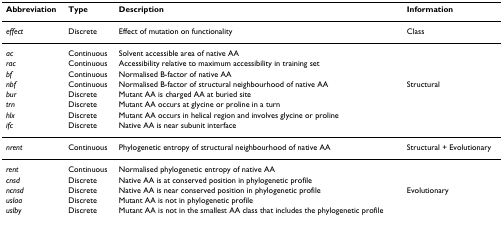
<table><thead><tr><td><b>Abbreviation</b></td><td><b>Type</b></td><td><b>Description</b></td><td><b>Information</b></td></tr></thead><tbody><tr><td><i>effect</i></td><td>Discrete</td><td>Effect of mutation on functionality</td><td>Class</td></tr><tr><td><i>ac</i></td><td>Continuous</td><td>Solvent accessible area of native AA</td><td></td></tr><tr><td><i>rac</i></td><td>Continuous</td><td>Accessibility relative to maximum accessibility in training set</td><td></td></tr><tr><td><i>bf</i></td><td>Continuous</td><td>Normalised B-factor of native AA</td><td></td></tr><tr><td><i>nbf</i></td><td>Continuous</td><td>Normalised B-factor of structural neighbourhood of native AA</td><td>Structural</td></tr><tr><td><i>bur</i></td><td>Discrete</td><td>Mutant AA is charged AA at buried site</td><td></td></tr><tr><td><i>trn</i></td><td>Discrete</td><td>Mutant AA occurs at glycine or proline in a turn</td><td></td></tr><tr><td><i>hlx</i></td><td>Discrete</td><td>Mutant AA occurs in helical region and involves glycine or proline</td><td></td></tr><tr><td><i>ifc</i></td><td>Discrete</td><td>Native AA is near subunit interface</td><td></td></tr><tr><td><i>nrent</i></td><td>Continuous</td><td>Phylogenetic entropy of structural neighbourhood of native AA</td><td>Structural + Evolutionary</td></tr><tr><td><i>rent</i></td><td>Continuous</td><td>Normalised phylogenetic entropy of native AA</td><td></td></tr><tr><td><i>cnsd</i></td><td>Discrete</td><td>Native AA is at conserved position in phylogenetic profile</td><td></td></tr><tr><td><i>ncnsd</i></td><td>Discrete</td><td>Native AA is near conserved position in phylogenetic profile</td><td>Evolutionary</td></tr><tr><td><i>uslaa</i></td><td>Discrete</td><td>Mutant AA is not in phylogenetic profile</td><td></td></tr><tr><td><i>uslby</i></td><td>Discrete</td><td>Mutant AA is not in the smallest AA class that includes the phylogenetic profile</td><td></td></tr></tbody></table>